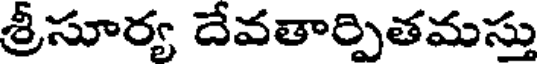
శ్రీసూర్య దేవతార్పితమస్తు